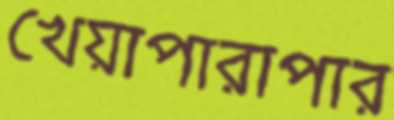
খেয়াপারাপার